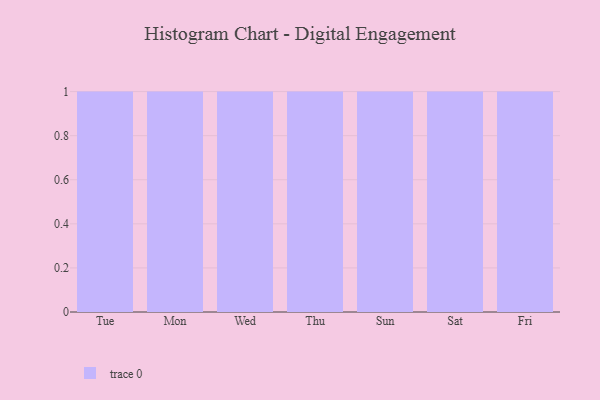
{"axis": {"x": "Day", "y": "Net Income (USD K)"}, "legend": [""], "data": [{"x": "Tue", "y": 60, "type": ""}, {"x": "Mon", "y": 19, "type": ""}, {"x": "Wed", "y": 25, "type": ""}, {"x": "Thu", "y": 10, "type": ""}, {"x": "Sun", "y": 80, "type": ""}, {"x": "Sat", "y": 42, "type": ""}, {"x": "Fri", "y": 98, "type": ""}]}